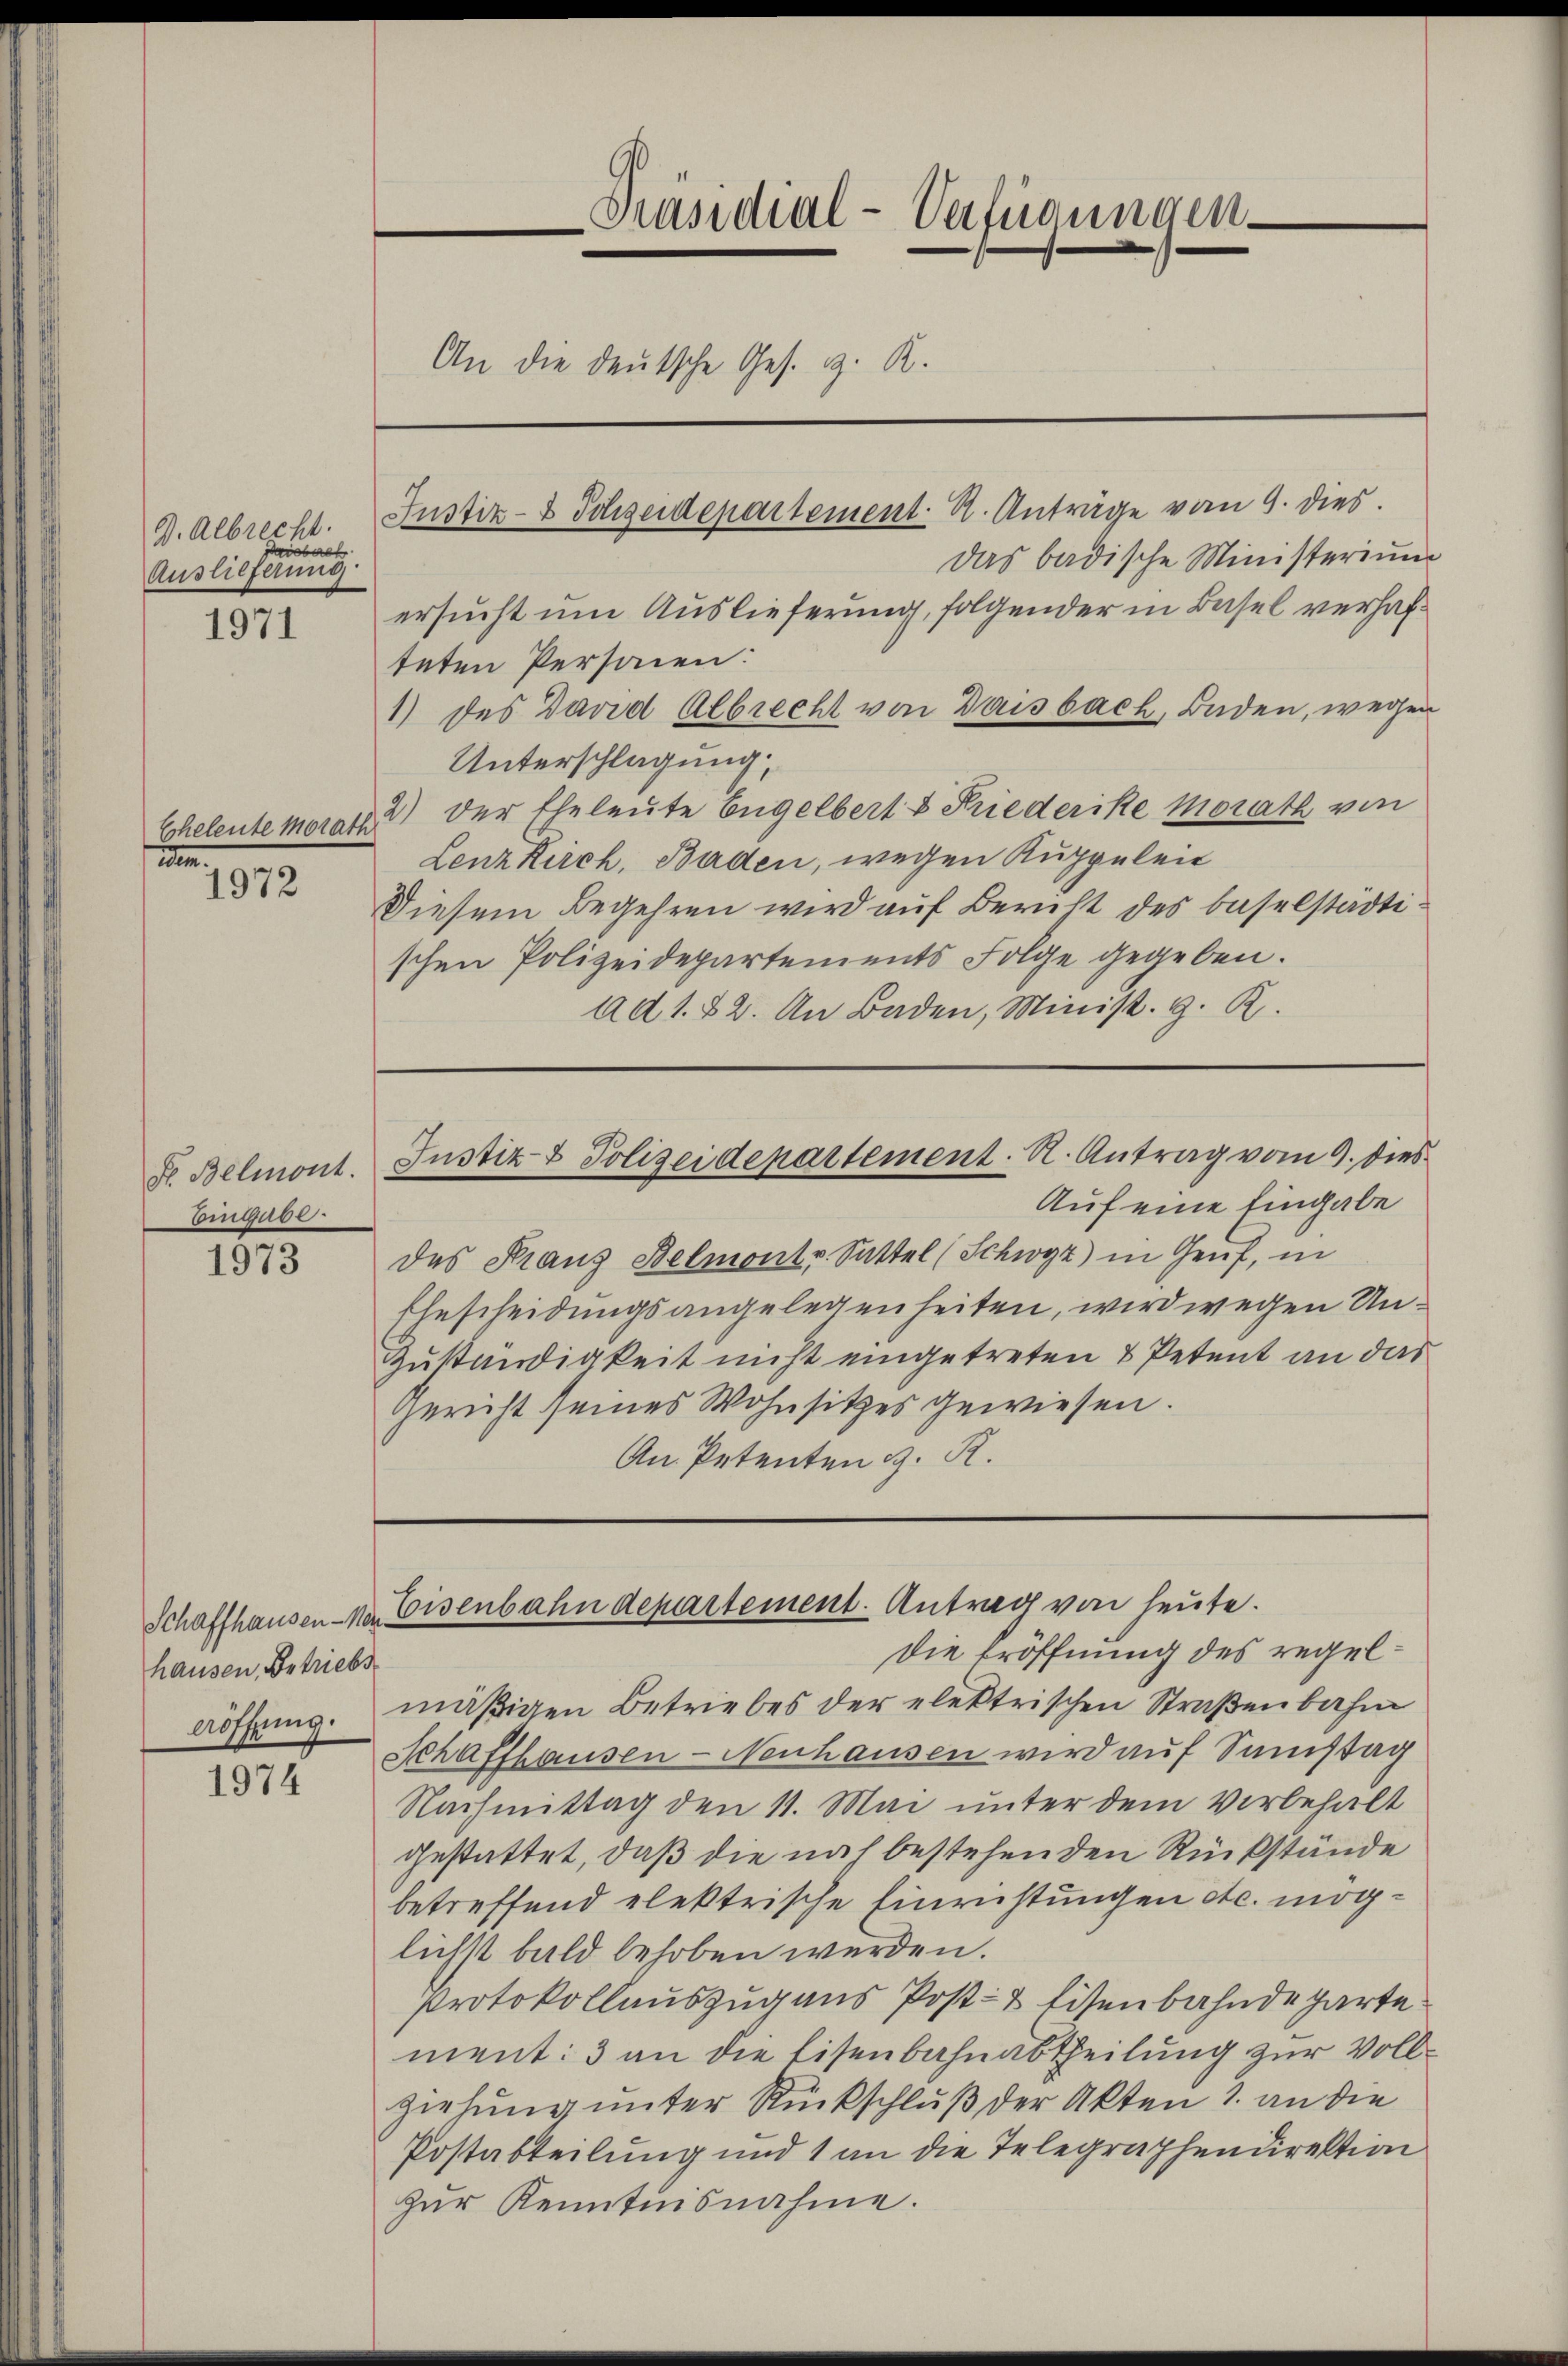
9. Albrecht.
wiebach
Auslieferung

1971

m.
1972

Fr. Belmont.
Eingabe.

1973

hausen, Betriebs
Aröffnung.

1974

Präsidial-Verfügungen
An die deutsche Ges. v. R.
Justiz- & Polizeidepartement. R. Anträge vom 9. dies

Das badische Ministerium
ersucht um Auslieferung, folgender in Basel verhafteten Personen:
1) des David Albrecht von Gaisbach, Baden, wegen
Unterschlagung.
Eheleute morat. 2) der Eheleute begelbert & Friederike morath von
Lenz Kirch, Baden, wegen Kuppeleit
Diesem Begehren wird auf Bericht des Baselstädtischen Polizeidepartements Folge gegeben.
ad 1. 82. An Baden, Minist. g. R.

Auf eine Eingabe
das Franz Belmont v. Sattel (Schwyz) in Genf, in
Ehescheidungsangelegenheiten, wird wegen Un¬
Zuständigkeit nicht eingetreten & Petent an das
Gericht seines Wohnsitzes gewiesen.
An Petenten z. R.

Justiz- & Polizeidepartement. A. Antrag vom 9. dies

Schaffhausen per Eisenbahndepartement. Antrag von heute.
Die Eröffnung des regel¬

mäßigen Betriebes der elektrischen Straßenbahn
Schaffhausen - Neuhausen wird auf Samstag
Nachmittag den 11. Mai unter dem Vorbehalt
gestattet, daß die noch bestehenden Rückstände
betreffend elektrische Einrichtungen etc. möglichst bald behoben werden.
Protokollauszug aus Post- & Eisenbahndeparte
ment: 3 an die Eisenbahnabtheilung zur Vollziehung unter Rückschluß der Akten 1. an die
Postabteilung und 1 an die Telegraphendirektion
zur Kenntnisnahme.